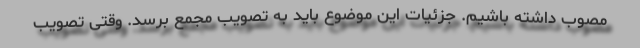
مصوب داشته باشیم. جزئیات این موضوع باید به تصویب مجمع برسد. وقتی تصویب